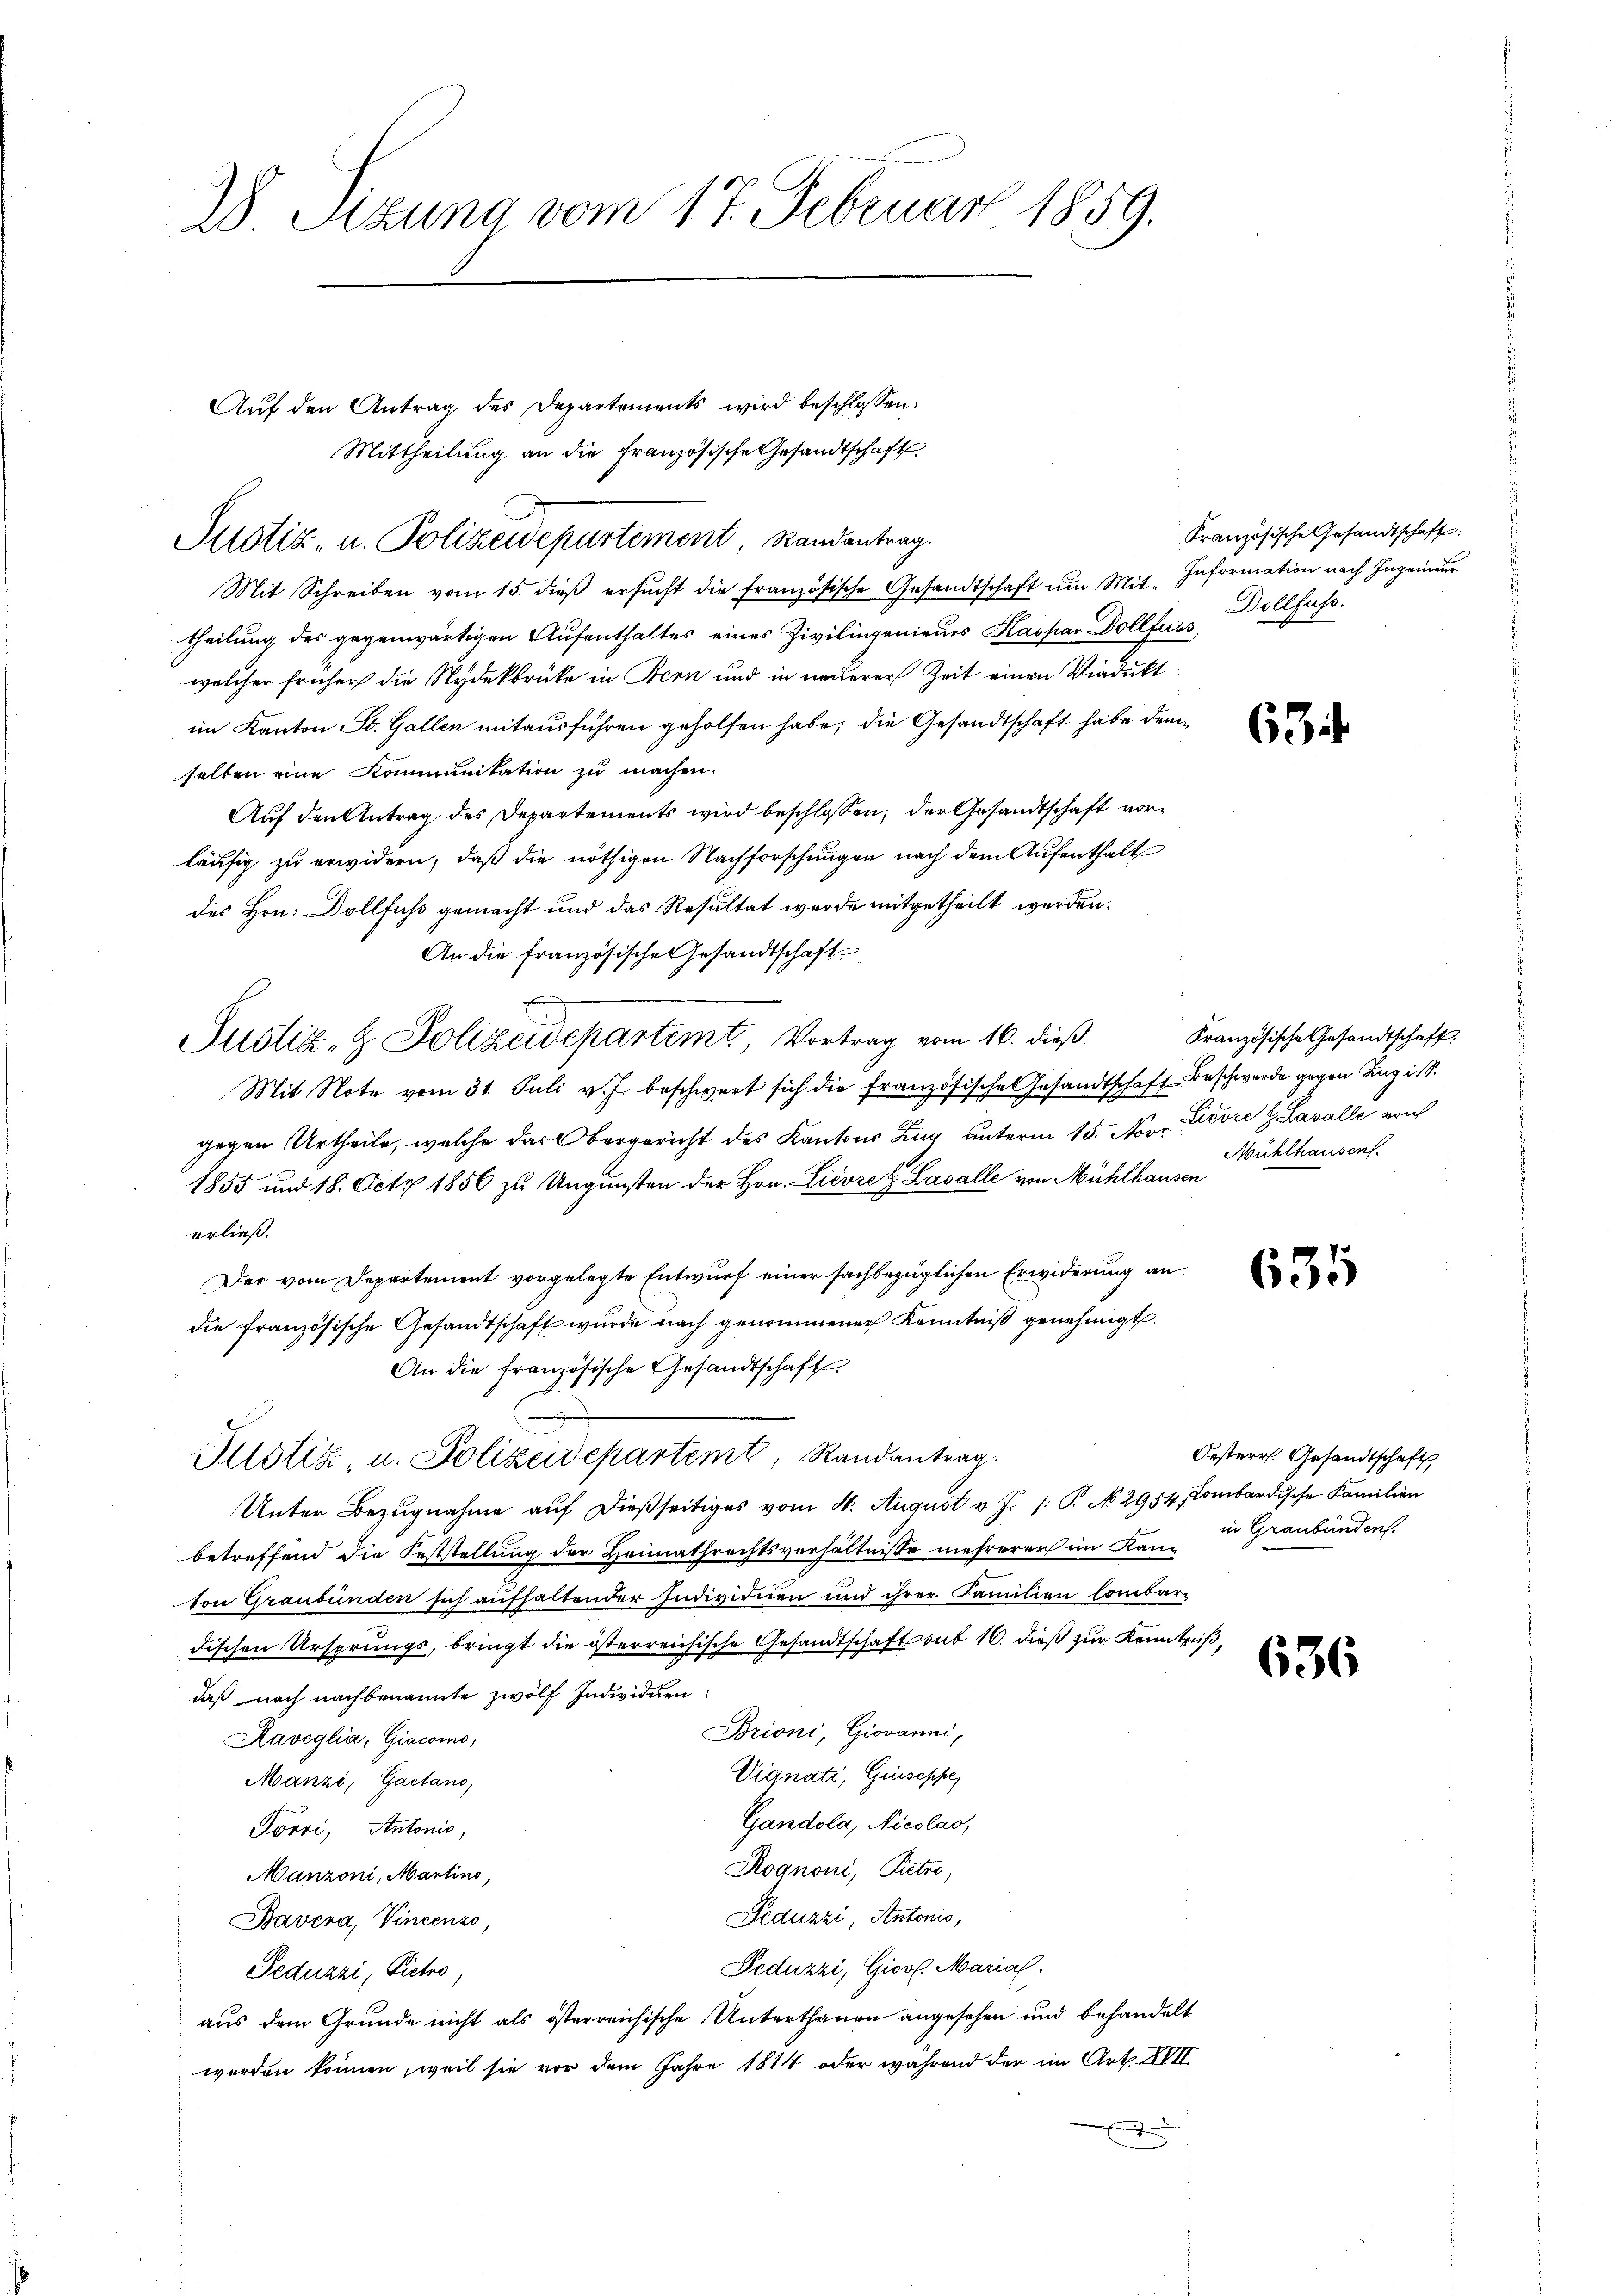
28 Sizung vom 17. Februar 1859.

Aŭf den Antrag des Departements wird beschlossen:
Mittheilung an die französische Gesandtschaft

Mit Schreiben vom 15. dieß ersucht die französische Gesandtschaft um Mittheilung des gegenwärtigen Aufenthaltes eines Zivilingenieues Kaspar Dollfewelcher früher die Nydekbrüke in Bern und in neuerer Zeit einen Viadukt
im Kanton St. Gallen mitausführen geholfen habe, die Gesandtschaft habe den
selben eine Kommunikation zu machen.
Auf den Antrag des Departements wird beschlossen, der Gesandtschaft vorläufig zu erwidern, daß die nöthigen Nachforschungen nach dem Aufenthalt
des Hrn. Dollfus gemacht und das Resultat wurde mitgetheilt werden.
An die französische Gesandtschaft
Justiz- & Polizeidepartemt, Vortrag vom 16. dieß,
Mit Note vom 31. Juli v. J. beschwert sich die französische Gesandtschaft Beschwerde gegen Zug ist.
gegen Urtheile, welche das Obergericht des Kantons Zug unterm 15. Nov. Lievre & Lavalle von
1855 und 18. Octz 1856 zu Ungunsten der Hrn. Lievre & Lasalle von Mühlhausen
erließ.
Der vom Departement vorgelegte Entwurf einer sachbezüglichen Erwiderung an
die französische Gesandtschaft wurde nach genommener Kenntniß genehmigt.
An die französische Gesandtschaft
Pustiz, u. Polizeidepartemt, Randantrag.
Unter Bezugnahme auf dießseitiges vom 4. August v. J. /: P. No. 2954, Combardische Familien
betreffend die Feststellung der Heimathrechtsverhältnisse mehrerer im Kan- in Graubünden
ton Graubünden sich aufhaltender Individuen und ihrer Familien lombar
dischen Ursprungs, bringt die österreichische Gesandtschaft sub 16. dieß zur Kenntniß,
daß nach nachbenannte zwölf Individuen
Brioni, Giovanni,
Kaveglia, Giacomo,
Vignati, Guseppe
Manzi, Gaetano,
Gandola, Nicolas,
Törri, Antonio,
Rognoni, Pietro,
Manzoni, Martino,
Feduzzi, Antonio,
Bavera, Vincenzo,
Feduzzi, Giovl. Marial
Seduzzi, Pietro
aus dem Grunde nicht als österreichische Unterthanen angesehen und behandelt
werden können, weil sie vor dem Jahre 1814 oder während der im Art. XVII

Justiz- u. Polizeidepartement, Randantrag.

Oesterr. Gesandtschaft

Französische Gesandtschaft:
Information nach Ingenieur
Dollfuss.
23

63

Französische Gesandtschaft
Mühlhausen.

635

636